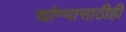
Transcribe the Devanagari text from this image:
खांण्यासाठीही